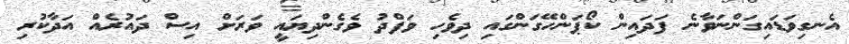
އެނގިވަޑައިގަންނަވާނެ ފަދައިން ކޯޕަންހޭގަންގައި ދިވެހި ވަފްދު ވެގެންދިޔައީ ވަރަށް އިސް ދައުރެއް އަދާކުރި